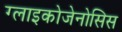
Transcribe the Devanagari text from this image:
ग्लाइकोजेनोसिस